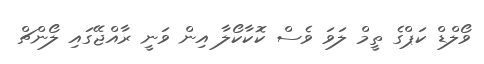
ވޯލްޑް ކަޕްގެ ތީމް ލަވަ ވެސް ކޮކާކޯލާ އިން ވަނީ ރާއްޖޭގައި ލޯންޗް